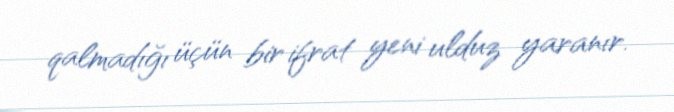
qalmadığı üçün bir ifrat yeni ulduz yaranır.